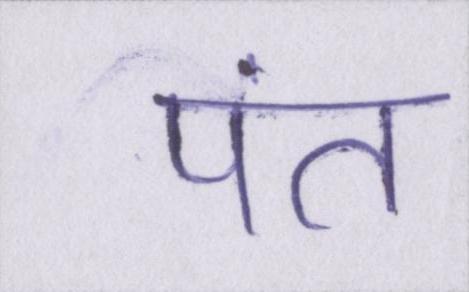
पंत